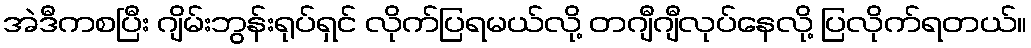
အဲဒီကစပြီး ဂျိမ်းဘွန်းရုပ်ရှင် လိုက်ပြရမယ်လို့ တဂျီဂျီလုပ်နေလို့ ပြလိုက်ရတယ်။